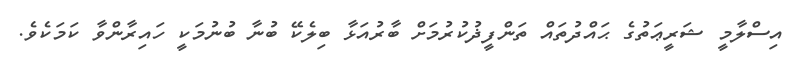
އިސްލާމީ ޝަރީޢަތުގެ ޙައްދުތައް ތަންފީޛުކުރުމަށް ބާރުއަޅާ ބިލެކޭ ބުނާ ބުނުމަކީ ހައިރާންވާ ކަމަކެވެ.